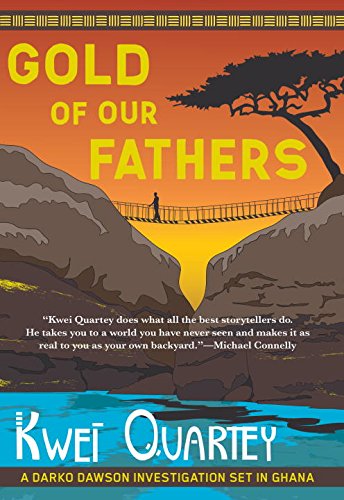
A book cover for Gold of Our Fathers (A Darko Dawson Mystery); Kwei Quartey; Mystery, Thriller & Suspense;